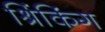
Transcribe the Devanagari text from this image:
श्रिंकिंग